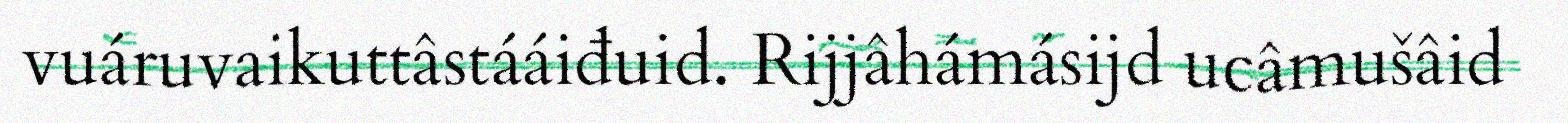
vuáruvaikuttâstááiđuid. Rijjâhámásijd ucâmušâid